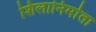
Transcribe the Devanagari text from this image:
शिलानिर्माता